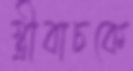
স্ত্রীবাচকে